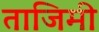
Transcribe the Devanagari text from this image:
ताजिमी